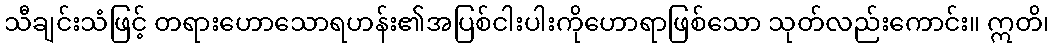
သီချင်းသံဖြင့် တရားဟောသောရဟန်း၏အပြစ်ငါးပါးကိုဟောရာဖြစ်သော သုတ်လည်းကောင်း။ ဣတိ၊